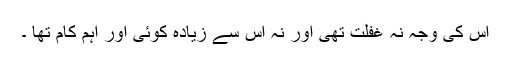
اس کی وجہ نہ غفلت تھی اور نہ اس سے زیادہ کوئی اور اہم کام تھا ۔